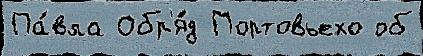
Па́вла Обр'я́д Портовьехо об